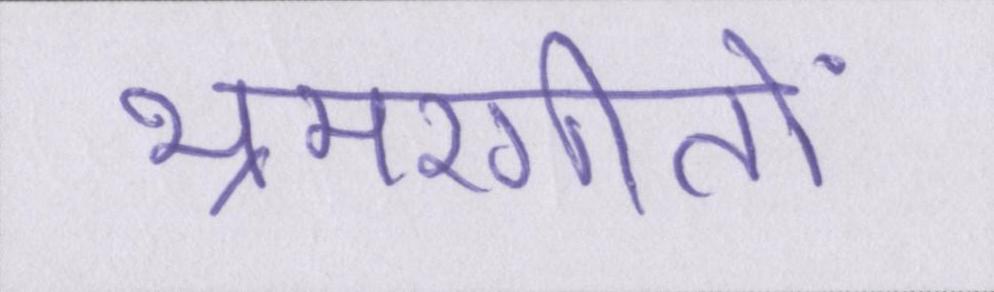
भ्रमरगीतों